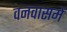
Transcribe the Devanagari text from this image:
वनवासमें